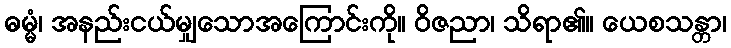
ဓမ္မံ၊ အနည်းငယ်မျှသောအကြောင်းကို။ ဝိဇညာ၊ သိရာ၏။ ယေစသန္တာ၊